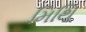
મિથિ